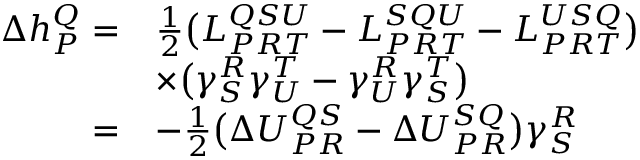
\begin{array} { r l } { \Delta h _ { P } ^ { Q } = } & { \frac { 1 } { 2 } \big ( L _ { P R T } ^ { Q S U } - L _ { P R T } ^ { S Q U } - L _ { P R T } ^ { U S Q } \big ) } \\ & { \times \big ( \gamma _ { S } ^ { R } \gamma _ { U } ^ { T } - \gamma _ { U } ^ { R } \gamma _ { S } ^ { T } \big ) } \\ { = } & { - \frac { 1 } { 2 } \big ( \Delta U _ { P R } ^ { Q S } - \Delta U _ { P R } ^ { S Q } \big ) \gamma _ { S } ^ { R } } \end{array}